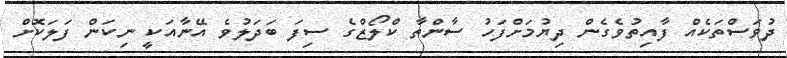
ދުވަސްތަކެއް ފާއިތުވެގެން ދިޔުމަށްފަހު ސާންތާ ކްލޯޒްގެ ސިފަ ބަދަލުވެ އޭނާއަކީ ނިކަން ފަލަކޮށް